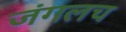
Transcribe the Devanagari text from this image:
जंगलच